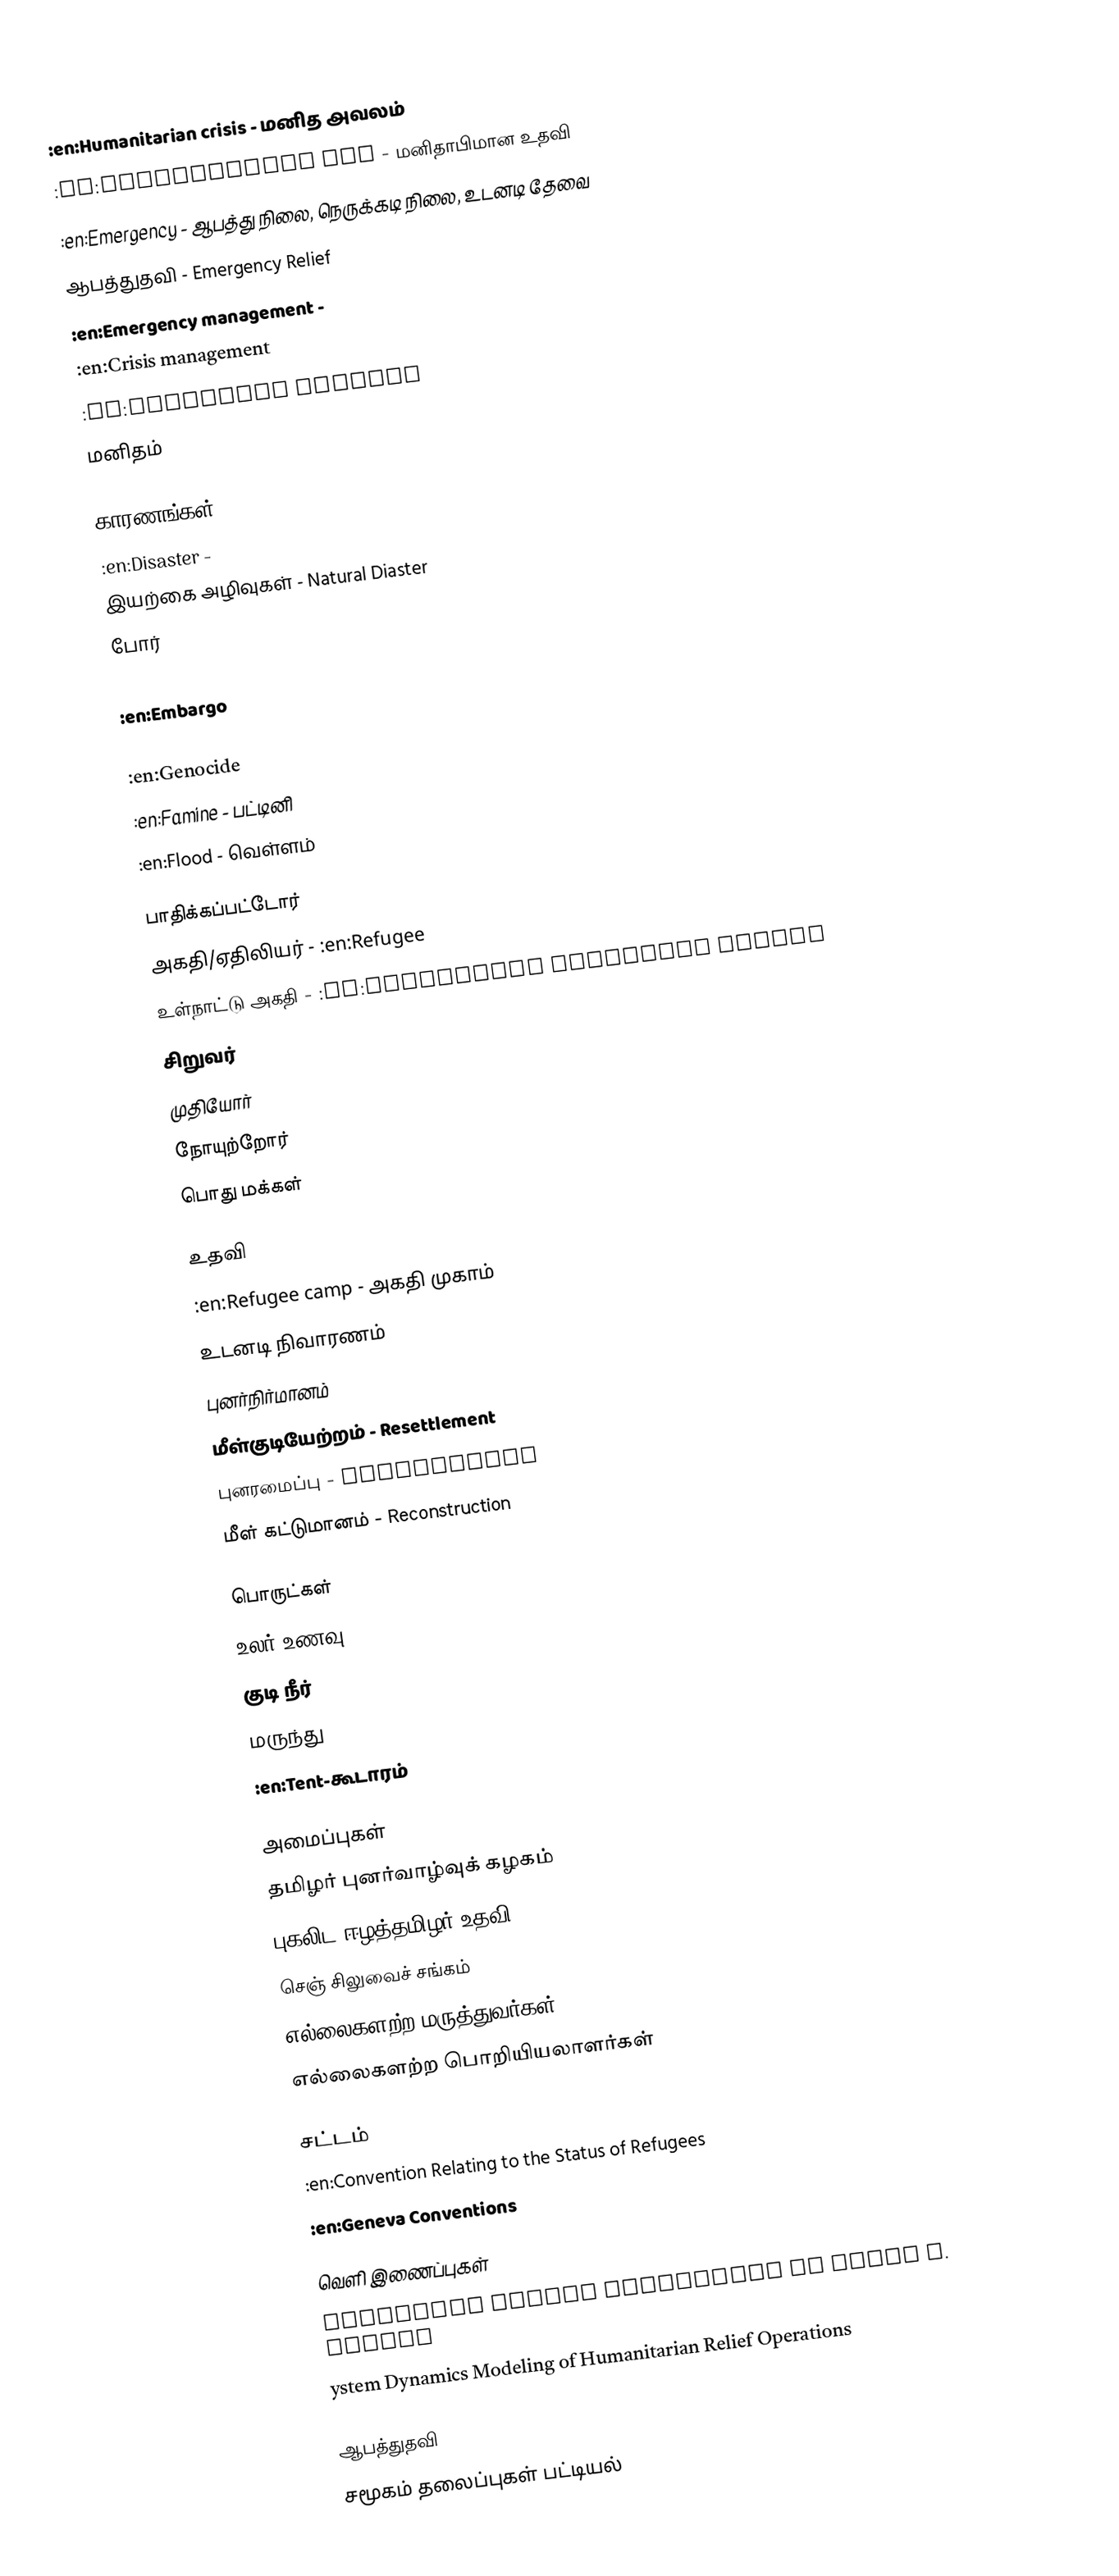
:en:Humanitarian crisis - மனித அவலம்
 :en:Humanitarian aid - மனிதாபிமான உதவி
 :en:Emergency - ஆபத்து நிலை, நெருக்கடி நிலை, உடனடி தேவை
 ஆபத்துதவி - Emergency Relief
 :en:Emergency management -
 :en:Crisis management
 :en:Emergency service
 மனிதம்

காரணங்கள்
 :en:Disaster -
 இயற்கை அழிவுகள் - Natural Diaster
 போர்
 :en:Epidemic
 :en:Embargo
 :en:Ethnic cleansing
 :en:Genocide
 :en:Famine - பட்டினி
 :en:Flood - வெள்ளம்

பாதிக்கப்பட்டோர்
 அகதி/ஏதிலியர் - :en:Refugee
 உள்நாட்டு அகதி - :en:Internally displaced person
 சிறுவர்
 முதியோர்
 நோயுற்றோர்
 பொது மக்கள்

உதவி
 :en:Refugee camp - அகதி முகாம்
 உடனடி நிவாரணம்
 புனர்நிர்மானம்
 மீள்குடியேற்றம் - Resettlement
 புனரமைப்பு - Restoration
 மீள் கட்டுமானம் - Reconstruction

பொருட்கள்
 உலர் உணவு
 குடி நீர்
 மருந்து
 :en:Tent-கூடாரம்

அமைப்புகள்
 தமிழர் புனர்வாழ்வுக் கழகம்
 புகலிட ஈழத்தமிழர் உதவி
 செஞ் சிலுவைச் சங்கம்
 எல்லைகளற்ற மருத்துவர்கள்
 எல்லைகளற்ற பொறியியலாளர்கள்

சட்டம்
 :en:Convention Relating to the Status of Refugees
 :en:Geneva Conventions

வெளி இணைப்புகள்
 Emergency Relief Operations By Kevin M. Cahill
 ystem Dynamics Modeling of Humanitarian Relief Operations

ஆபத்துதவி
சமூகம் தலைப்புகள் பட்டியல்